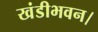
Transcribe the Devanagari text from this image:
खंडीभवन।